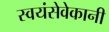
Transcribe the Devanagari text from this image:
स्वयंसेवेकानी